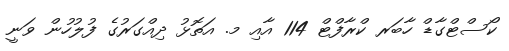
ކޯސްޓްގާޑް ހާބަރ ކްރާފްޓް 114 އާއި މ. އަތޮޅު ދިއްގަރުގެ ފުލުހުން ވަނީ